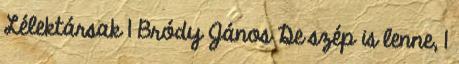
Lélektársak 1 Bródy János De szép is lenne, 1